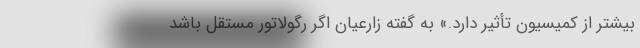
بیشتر از کمیسیون تأثیر دارد.» به گفته زارعیان اگر رگولاتور مستقل باشد